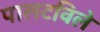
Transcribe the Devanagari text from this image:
पालटविले